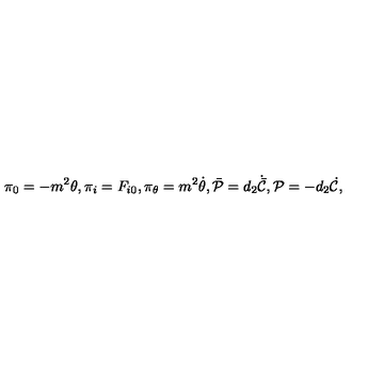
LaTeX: \pi _ { 0 } = - m ^ { 2 } \theta , \pi _ { i } = F _ { i 0 } , \pi _ { \theta } = m ^ { 2 } \dot { \theta } , \bar { \cal P } = d _ { 2 } \dot { \bar { \cal C } } , { \cal P } = - d _ { 2 } \dot { \cal C } ,